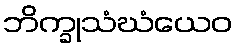
ဘိက္ခုသံဃံယေဝ